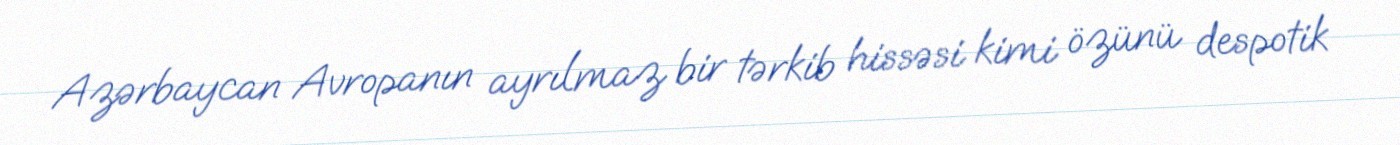
Azərbaycan Avropanın ayrılmaz bir tərkib hissəsi kimi özünü despotik